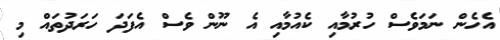
އެހެން ނަމަވެސް ހުރުމާއި ކެއުމާއި އެ ނޫން ވެސް އެފަދަ ހަރަދުތައް މި